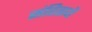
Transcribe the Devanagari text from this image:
संहितायें